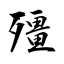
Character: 殭